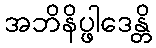
အဘိနိပ္ဖါဒေန္တိ